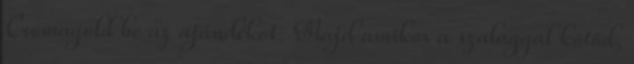
Csomagold be az ajándékot. Majd amikor a szalaggal kötöd,